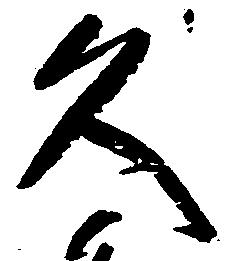
久